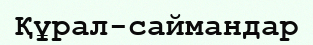
Құрал-саймандар